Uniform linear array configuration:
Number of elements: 48
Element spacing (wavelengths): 0.75
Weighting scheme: exponential
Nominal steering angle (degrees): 60
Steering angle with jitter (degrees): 61.321
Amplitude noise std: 0.05
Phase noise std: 0.05

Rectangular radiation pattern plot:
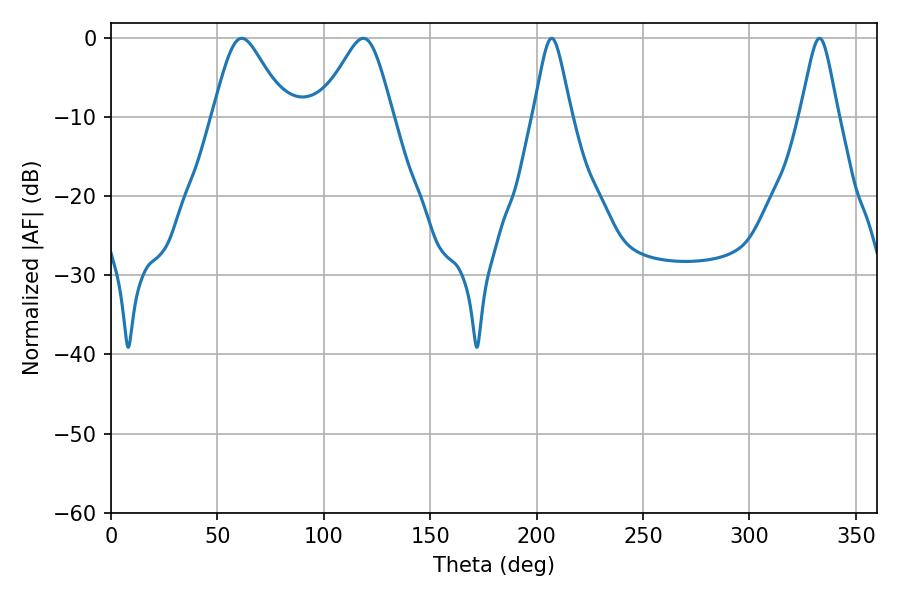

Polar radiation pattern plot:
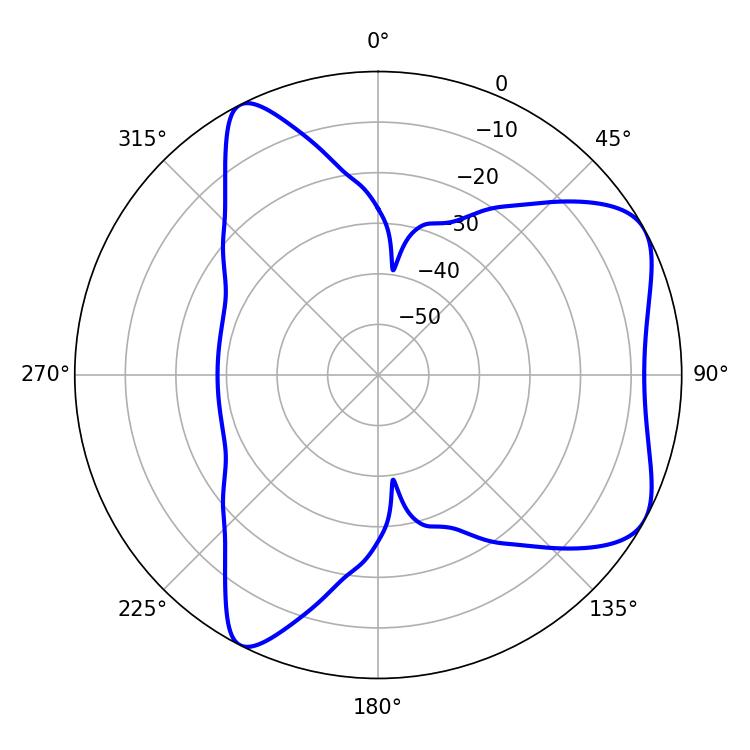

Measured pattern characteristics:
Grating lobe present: TRUE
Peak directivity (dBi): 6.218
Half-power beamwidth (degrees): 16.56
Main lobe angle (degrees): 61.38